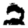
Digit: 2